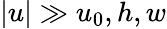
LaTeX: |u|\gg u_{0},h,w